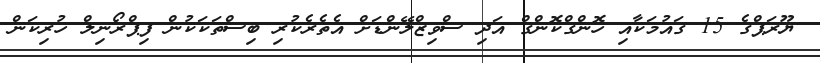
ޔޫރަޕްގެ 15 ގައުމަކާއި ހޮންގްކޮންގް އަދި ސްވިޒްލޭންޑަށް އެތެރެކުރި ބިސްތަކަކުން ފިޕްރޯނިލް ހުރިކަން